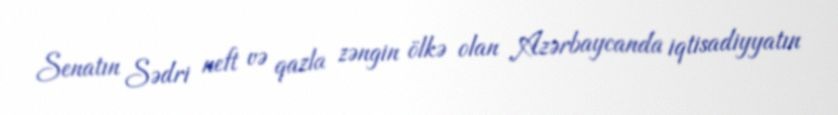
Senatın Sədri neft və qazla zəngin ölkə olan Azərbaycanda iqtisadiyyatın